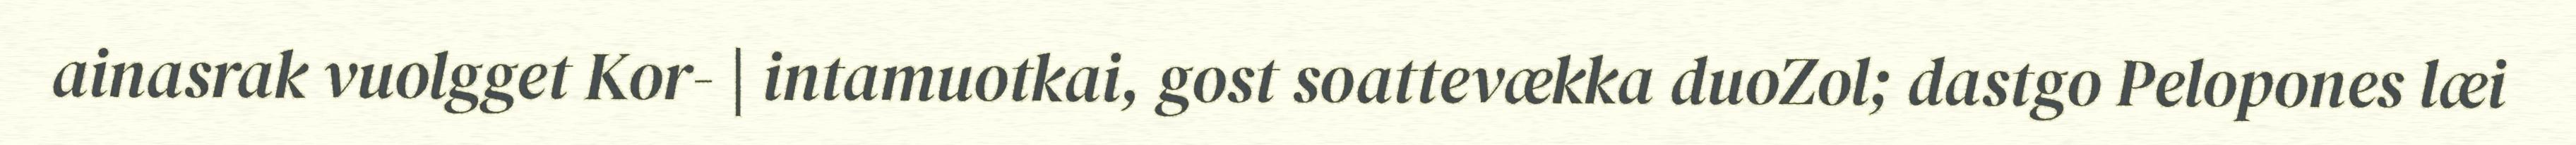
ainasrak vuolgget Kor- | intamuotkai, gost soattevækka duoZol; dastgo Pelopones læi